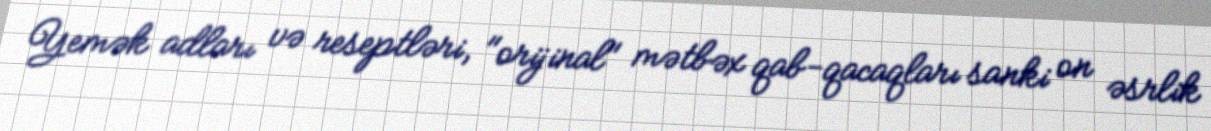
Yemək adları və reseptləri, "orijinal" mətbəx qab-qacaqları sanki on əsrlik